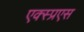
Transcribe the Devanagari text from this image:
एक्स्प्रएस